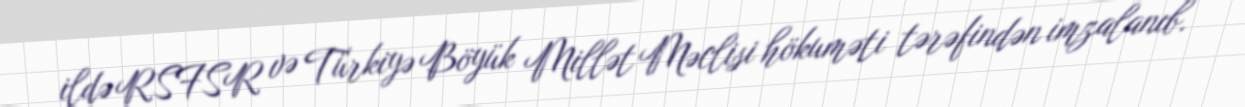
ildə RSFSR və Türkiyə Böyük Millət Məclisi hökuməti tərəfindən imzalanıb.